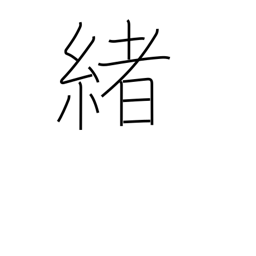
Meaning: inception